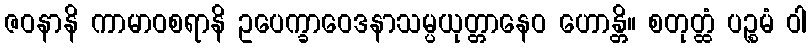
ဇဝနာနိ ကာမာဝစရာနိ ဥပေက္ခာဝေဒနာသမ္ပယုတ္တာနေဝ ဟောန္တိ။ စတုတ္ထံ ပဉ္စမံ ဝါ